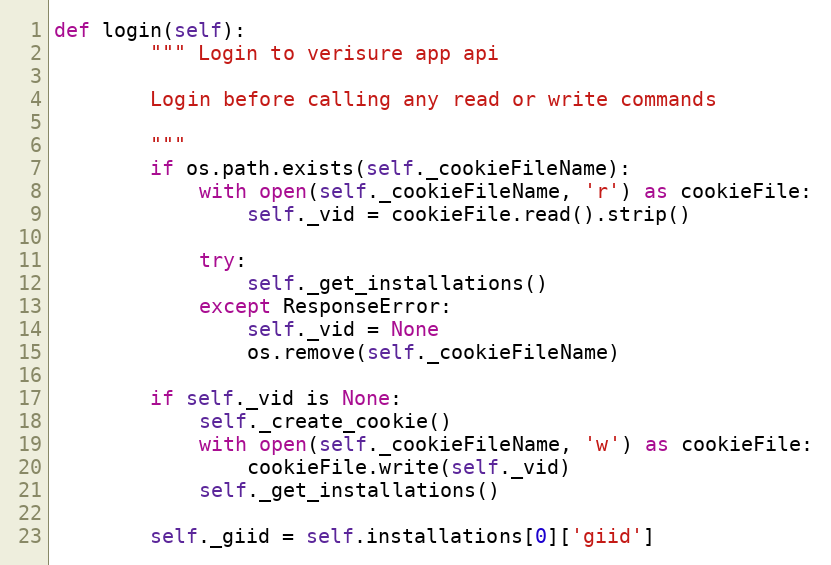
Language: Python
def login(self):
        """ Login to verisure app api

        Login before calling any read or write commands

        """
        if os.path.exists(self._cookieFileName):
            with open(self._cookieFileName, 'r') as cookieFile:
                self._vid = cookieFile.read().strip()

            try:
                self._get_installations()
            except ResponseError:
                self._vid = None
                os.remove(self._cookieFileName)

        if self._vid is None:
            self._create_cookie()
            with open(self._cookieFileName, 'w') as cookieFile:
                cookieFile.write(self._vid)
            self._get_installations()

        self._giid = self.installations[0]['giid']